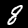
Label: 8